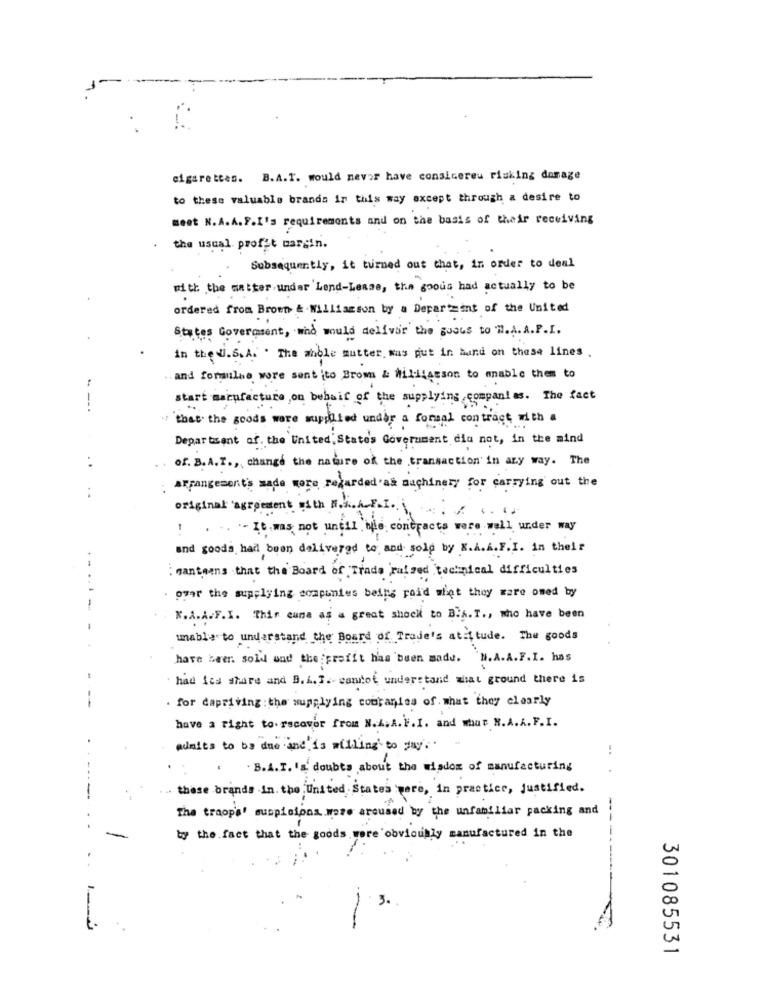
cigarettes. B.A.I. would never have consicereu risking domage
to these valuable brands in this way except through a desire to
meet N.A. A. F.I's requirements and on the basis of their receiving
the usual profit margin.
Subsequently, it turned out that, in order to deal
with the matter under Lend-Lease, the goous had actually to be
ordered from Broen & . Williamson by a Department of the United
States Government, wind would deliver the goods to M.A. A.P.I.
in the U.S.A. . The whole mutter, was put in hund on these lines.
.. and formules wore sentito Brown & Williamson to mable them to
start manufacture , on behalf of the supplying companlas. The fact
" that the goods ware supplied undby a formal contract with a
Department of the United States Government dia not, in the mind
. .
of. B. A.T ., change the nature of the transaction in any way. The
.Arrangements made more regarded as machinery for carrying out the
..
original agreement with A.L.L.F.I.
! .. .. It was not until ble contracts were wall under way
and goods had been delivered to and sold by X.A.L.F.I. in their
: canteens that the Board of Trade raised technical difficulties
. pyar the supplying companies being paid whet they were omed by
N.A.A.F.I. Thin cune as a great shock to B.A.T ., who have been
unable to understand the Board of Trade's atitude . The goods
have been sold und the profit has been made. M.A.A.F.I. has
had its share and B.L.T. cannot understand what ground there is
--
. for dapriving : the supplying companies of what they clearly
have a right to.recover from N.A. A.V.I. and what N.A.A. F.I.
admits to be due and is willing to day ..
-.
.B.A.I. 's doubts about the wisdom of manufacturing
. these brands in. the United States were, in practice, justified.
The troops' suspicions were areused by the unfamiliar packing and
--
. .
by the fact that the goods wore 'obviously manufactured in the
.
3.
-
301085531